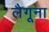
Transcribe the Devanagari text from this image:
लैगूना